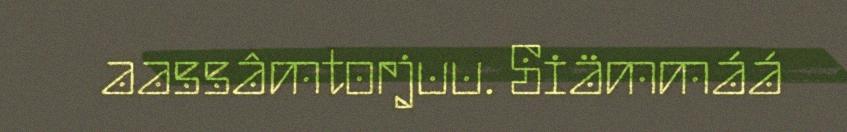
aassâmtorjuu. Siämmáá